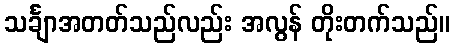
သင်္ချာအတတ်သည်လည်း အလွန် တိုးတက်သည်။